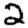
Digit: 2